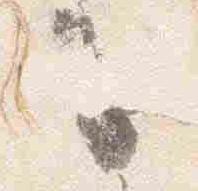
子